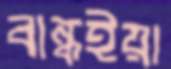
বান্ধইয়া